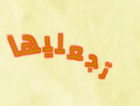
تجعليها